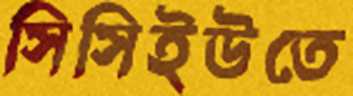
সিসিইউতে